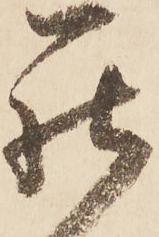
罷